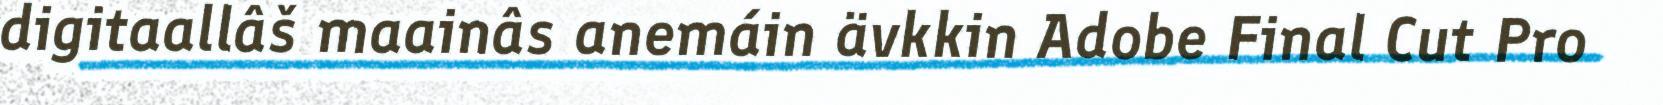
digitaallâš maainâs anemáin ävkkin Adobe Final Cut Pro